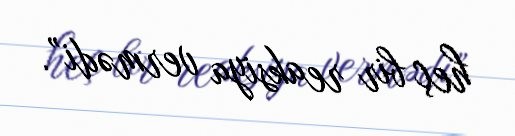
heç bir reaksiya vermədi”.